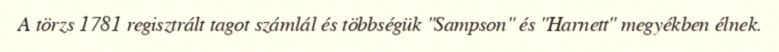
A törzs 1781 regisztrált tagot számlál és többségük "Sampson" és "Harnett" megyékben élnek.